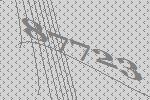
87723